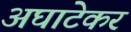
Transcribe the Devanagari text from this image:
अघाटेकर